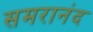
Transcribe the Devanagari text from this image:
समरानंद